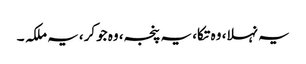
یہ نہلا، وہ تکا، یہ پنجہ، وہ جوکر، یہ ملکہ ۔